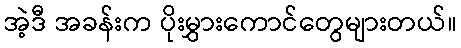
အဲ့ဒီ အခန်းက ပိုးမွှားကောင်တွေများတယ်။